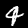
Label: 4